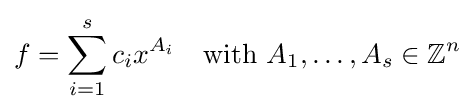
f=\sum _{i=1}^{s}c_{i}x^{A_{i}}\quad {\text{with }}A_{1},\ldots ,A_{s}\in \mathbb {Z} ^{n}